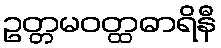
ဥတ္တမဝတ္ထဓာရိနီ